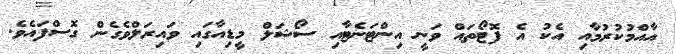
އާއްމުކުރުމާއި އެކު އެ ފޮޓޯތައް ވަނީ އިންޓަނެޓާއި ސޯޝަލް މީޑިއާގައި ވައިރަލްވެގެން ގޮސްފައެވެ.